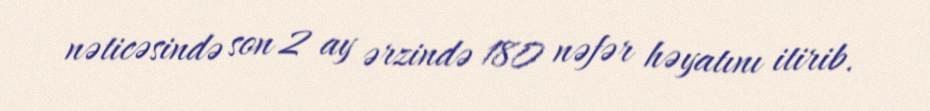
nəticəsində son 2 ay ərzində 180 nəfər həyatını itirib.